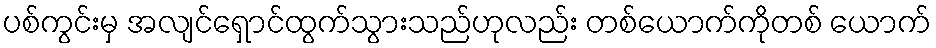
ပစ်ကွင်းမှ အလျင်ရှောင်ထွက်သွားသည်ဟုလည်း တစ်ယောက်ကိုတစ် ယောက်